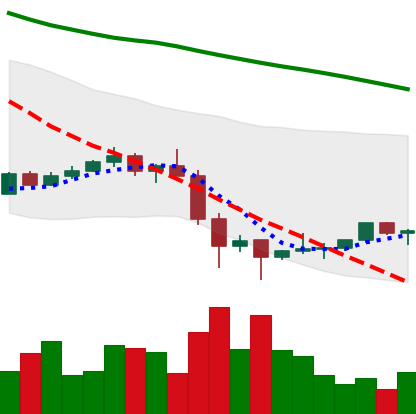
Ticker: TRX-USD
Chart end date: 2022-01-31
Forward return: 9.499%
Label: up_7plus